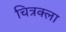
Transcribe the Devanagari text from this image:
चित्रक्ला